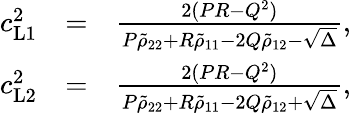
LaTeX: \begin{array}{rlr}{c_{\mathrm{L1}}^{2}}&{=}&{\frac{2(PR-Q^{2})}{P\tilde{\rho}_{22}+R\tilde{\rho}_{11}-2Q\tilde{\rho}_{12}-\sqrt{\Delta}},}\\ {c_{\mathrm{L2}}^{2}}&{=}&{\frac{2(PR-Q^{2})}{P\tilde{\rho}_{22}+R\tilde{\rho}_{11}-2Q\tilde{\rho}_{12}+\sqrt{\Delta}},}\end{array}